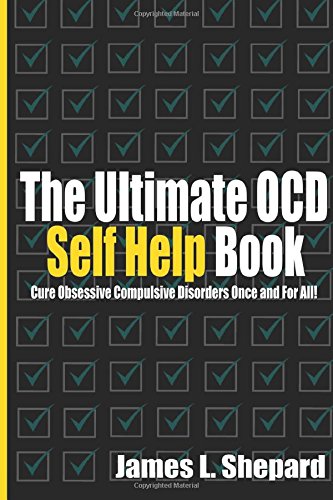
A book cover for The Ultimate OCD Self Help Book: Cure Obsessive Compulsive Disorders Once and For All!; James L. Shepard; Health, Fitness & Dieting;